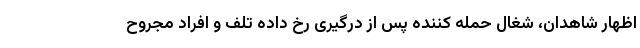
اظهار شاهدان، شغال حمله کننده پس از درگیری رخ داده تلف و افراد مجروح